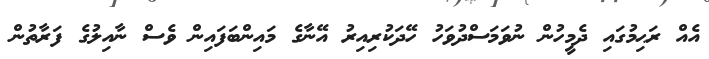
އެއް ރަޙިމުގައި ދެމީހުން ނުވަމަސްދުވަހު ހޭދަކުރިއިރު އޭނާގެ މައިންބަފައިން ވެސް ނާއިލުގެ ފަރާތުން